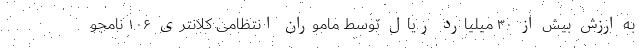
به ارزش بیش از ۳۰ میلیارد ریال توسط ماموران انتظامی کلانتری ۱۰۶ نامجو